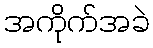
အကိုက်အခဲ